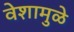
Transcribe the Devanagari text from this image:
वेशामुळे